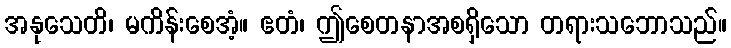
အနုသေတိ၊ မကိန်းစေအံ့။ ဧတံ၊ ဤစေတနာအစရှိသော တရားသဘောသည်။